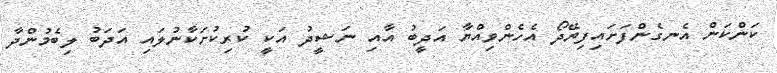
ކަންކަން އެނގެންފަށައިފިޔޭދޯ އެހެންވިއްޔާ އަދީބު އާއި ނަޝީދު އަކީ ކުރިކުށަކާނުލައި އަދަބު ލިބެމުންދާ